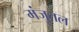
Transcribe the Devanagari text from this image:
मंजुतल